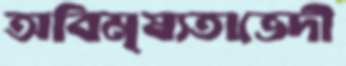
অবিমৃষ্যতাভেদী